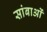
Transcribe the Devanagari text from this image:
सांबाओं